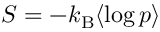
S = - k _ { \mathrm { B } } \langle \log p \rangle